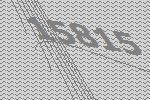
15815